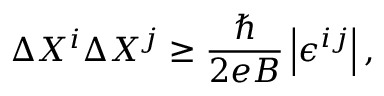
\Delta X ^ { i } \Delta X ^ { j } \geq \frac { \hbar } { 2 e B } \left| \epsilon ^ { i j } \right| ,